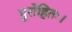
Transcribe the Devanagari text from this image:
पुरोहितः।